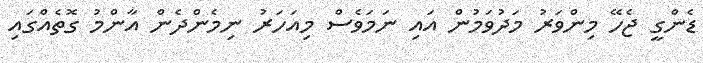
ޑެންގީ ޖެހޭ މިންވަރު މަދުވަމުން އައި ނަމަވެސް މިއަހަރު ނިމެންދެން އާންމު ގޮތެއްގައި